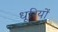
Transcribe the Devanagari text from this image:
धूरियों